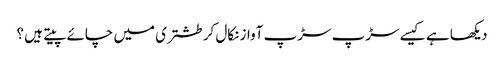
دیکھا ہے کیسے سڑپ سڑپ آواز نکال کر طشتری میں چائے پیتے ہیں ؟